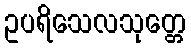
ဥပရိသေလသုတ္တေ